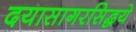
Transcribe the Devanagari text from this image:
दयासागरसिद्धये